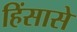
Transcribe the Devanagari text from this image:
हिंसासे